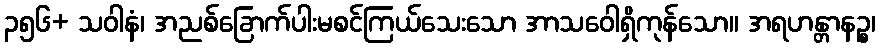
၃၅၆+ သဝါနံ၊ အညစ်ခြောက်ပါးမစင်ကြယ်သေးသော အာသဝေါရှိကုန်သော။ အရဟန္တာနဉ္စ၊